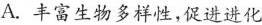
A.丰富生物多样性，促进进化